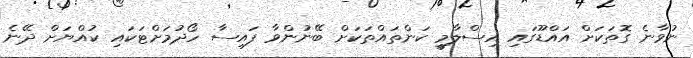
ނުވާނެ ގޮތަކަށް އައްޑޫގައި އިސްލާމީ ކަންތައްތަކަށް ބޭނުންވާ ފައިސާ ހޯދުމަށްޓަކައި ކުއްޔަށް ދޭނެ